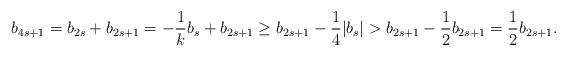
LaTeX: \begin{align*} b_{4s+1} = b_{2s}+b_{2s+1} = -\frac{1}{k} b_s + b_{2s+1} \geq b_{2s+1}-\frac{1}{4}|b_s| > b_{2s+1}-\frac{1}{2} b_{2s+1} = \frac{1}{2} b_{2s+1}.\end{align*}